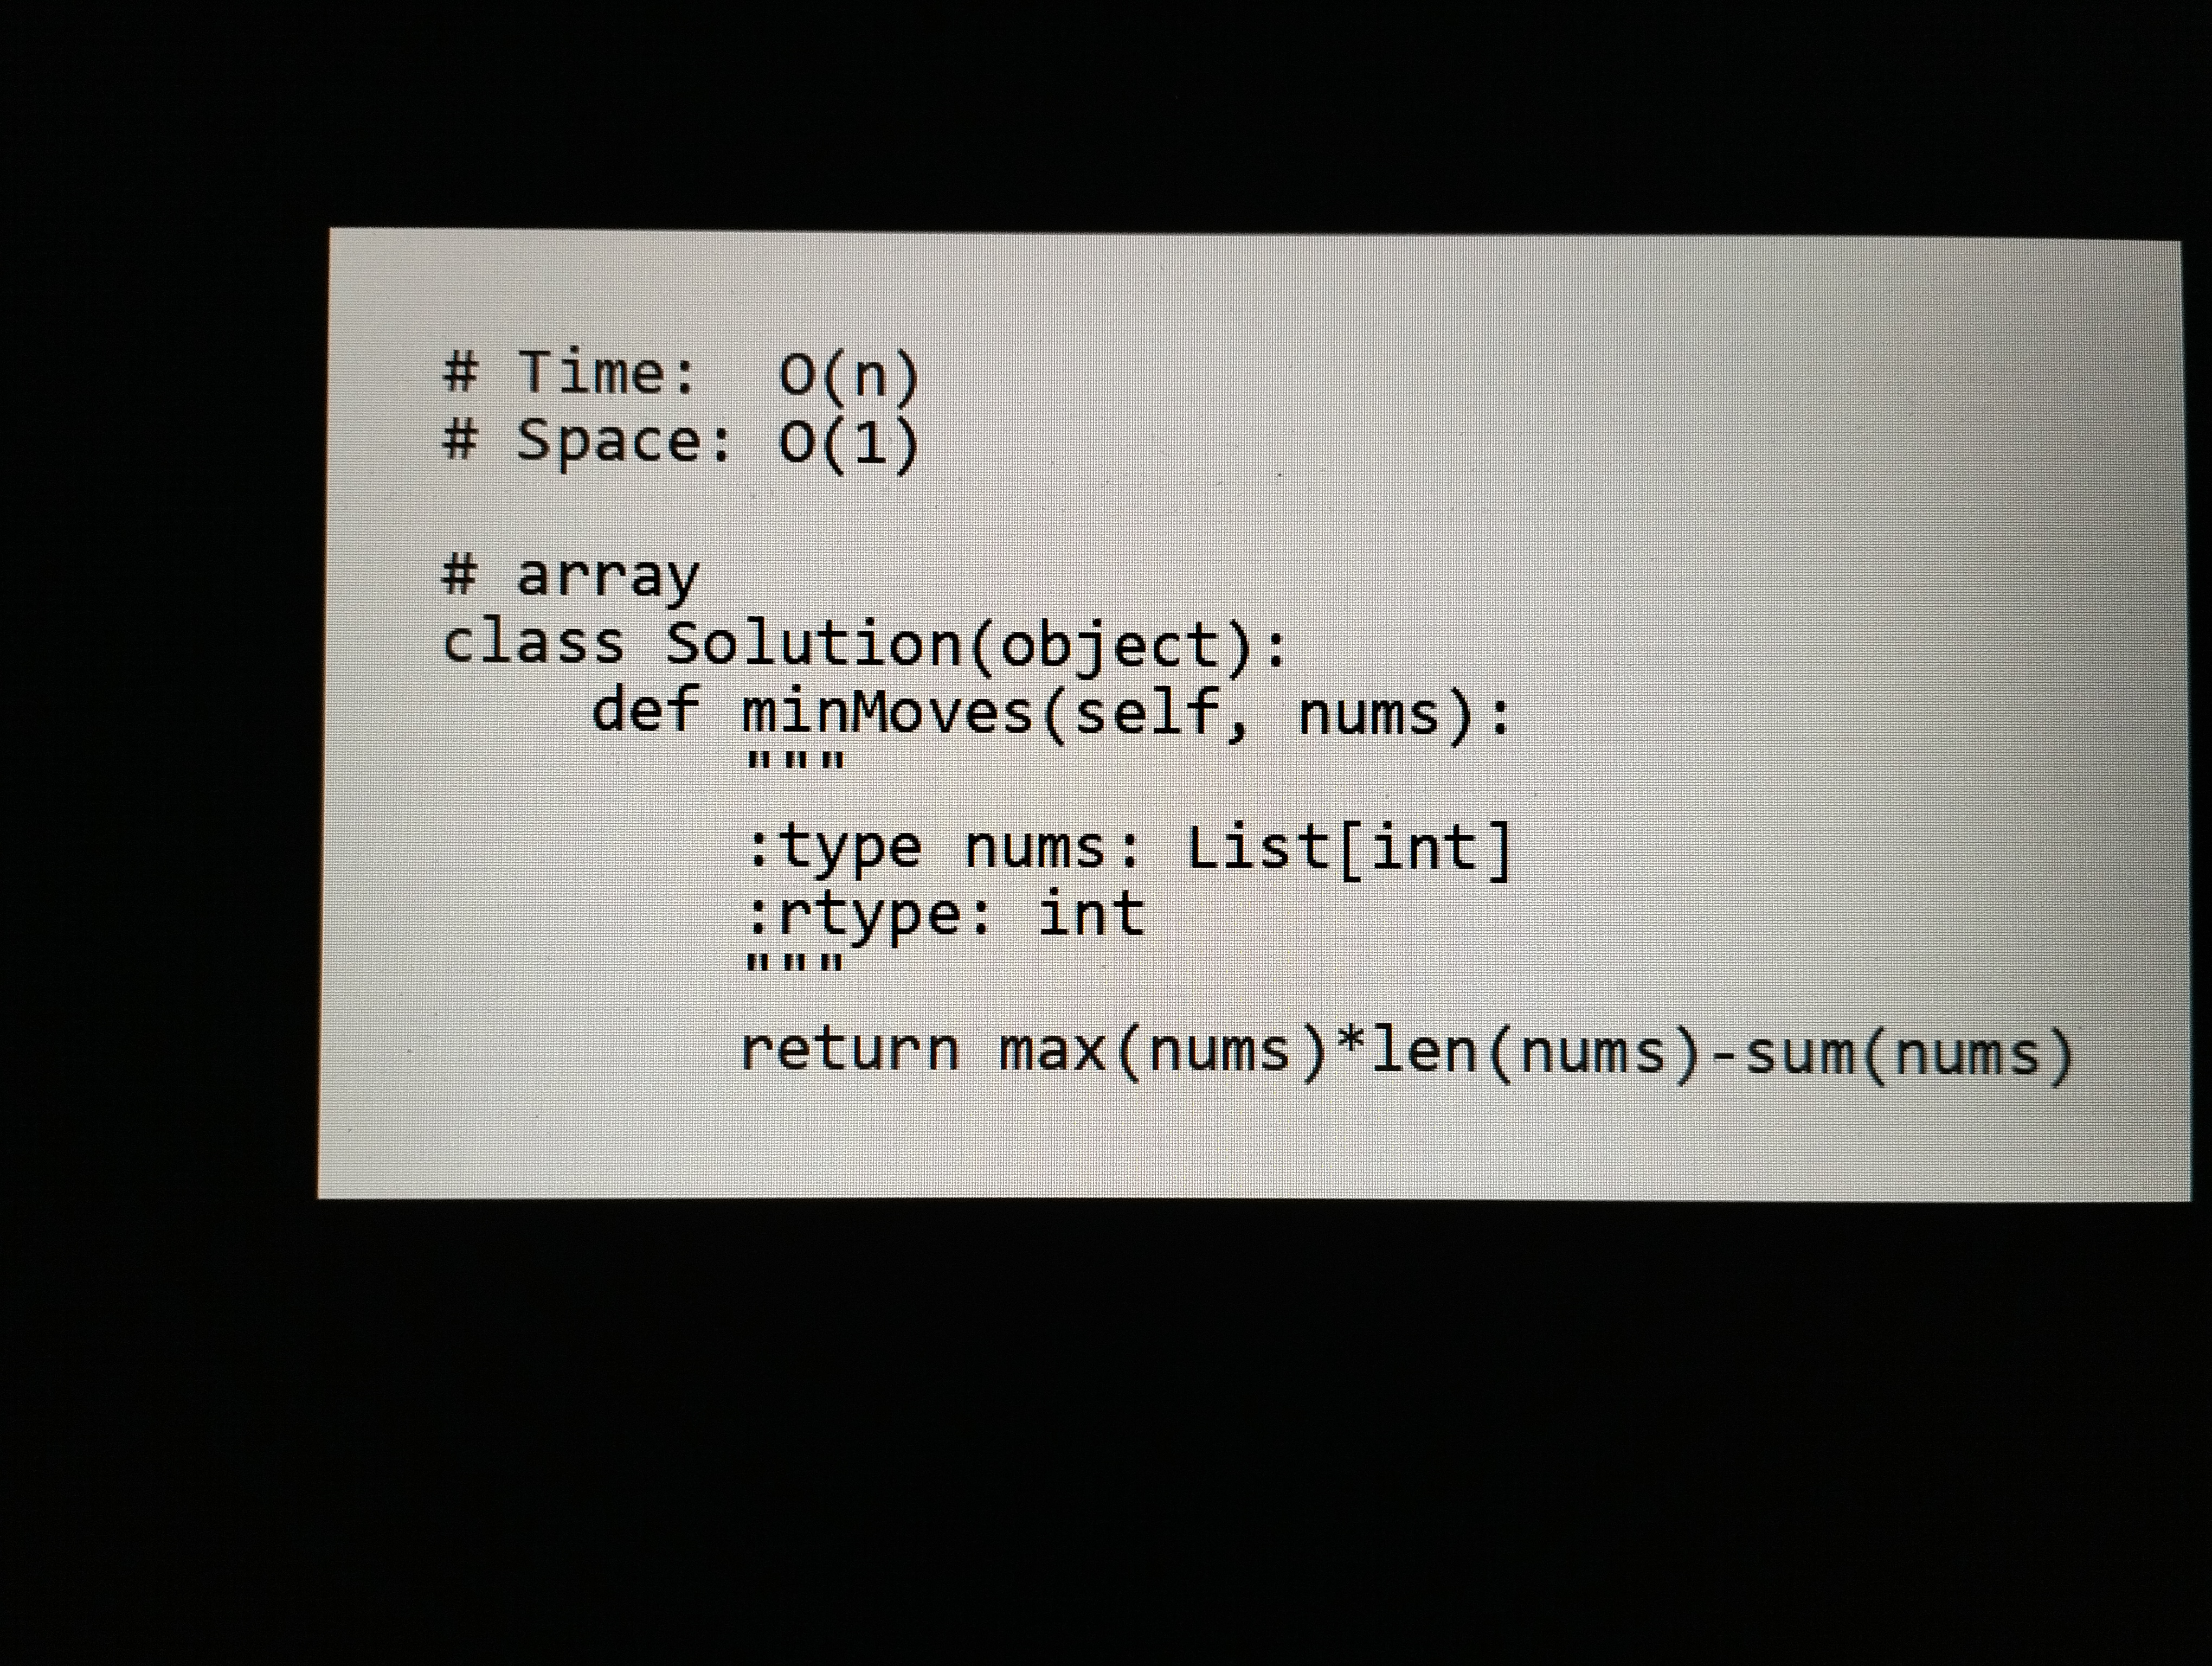
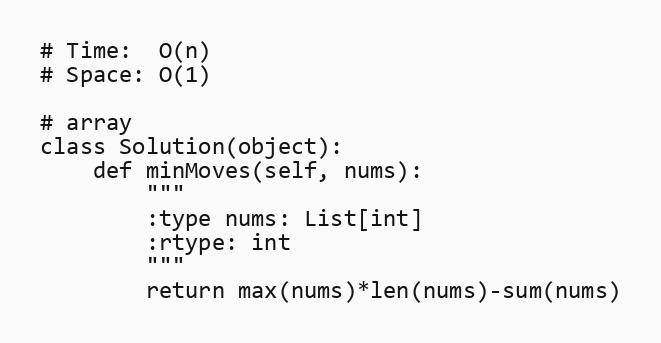
# Time:  O(n)
# Space: O(1)

# array
class Solution(object):
    def minMoves(self, nums):
        """
        :type nums: List[int]
        :rtype: int
        """
        return max(nums)*len(nums)-sum(nums)